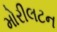
મોરીલટન